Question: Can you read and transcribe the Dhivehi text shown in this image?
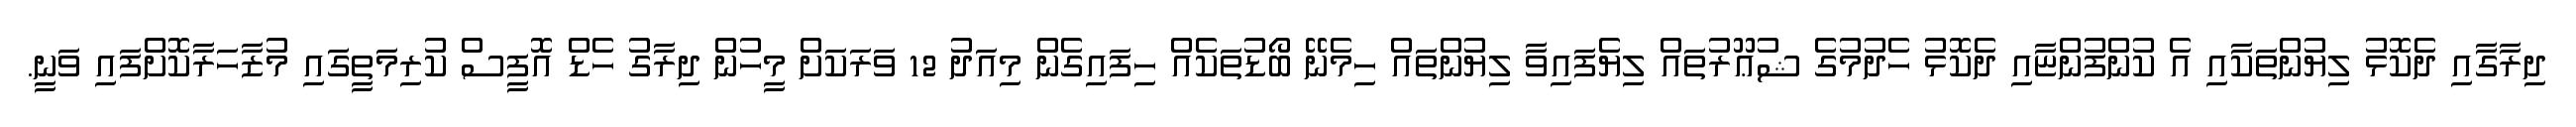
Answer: ދިރާގާއި ދެކޮޅު ލިޔުންތަކާއި އެ ކުންފުންޏާއި ދެކޮޅު ހެދުމުގެ ޝުޢޫރުތައް ލިޔެފައިވާ ލިޔުންތައް ހިމެނޭ ބޯޑުތަކެއް ހިފައިގެން މިއަދު 12 ވަރަކަށް މީހުން ދިރާގު ހެޑް އޮފީސް ކުރިމަތީގައި މުޒާހަރާކޮށްފައި ވަނީ.